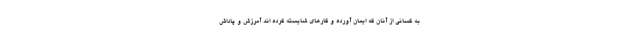
به كسانى از آنان كه ايمان آورده و كارهاى شايسته كرده اند آمرزش و پاداش